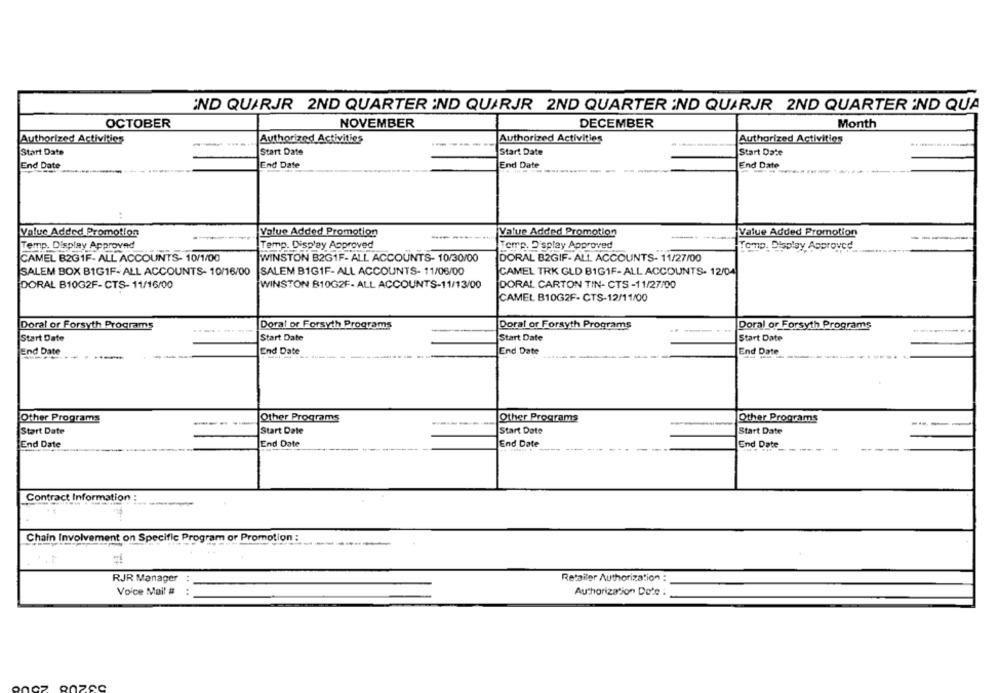
IND QUARJR 2ND QUARTER IND QUARJR 2ND QUARTER IND QUARJR 2ND QUARTER IND QUA
OCTOBER
NOVEMBER
DECEMBER
Month
Authorized Activities
Authorized Activities
Authorized Activities
Authorized Activities
--
Start Date
Start Date
Start Date
Start Date
End Date
End Date
End Date
End Date
-
--
Value Added Promotion
Value Added Promotion
Value Added Promotion
-
Value Added Promotion
Temp. Display Approved
Temp. Display Approved
Temp. Display Approved
Tomp. Display Approved
CAMEL B2G1F- ALL ACCOUNTS- 10/1/00
WINSTON B2G1F- ALL ACCOUNTS- 10/30/00
DORAL B2GIF- ALL ACCOUNTS- 11/27/00
SALEM BOX B1G1F-ALL ACCOUNTS- 10/16/00
SALEM B1GIF- ALL ACCOUNTS- 11/06/00
CAMEL TRK GLD BIG1F-ALL ACCOUNTS- 12/04
DORAL B10G2F-CTS- 11/16/00
WINSTON B10G2F- ALL ACCOUNTS-11/13/00
DORAL CARTON TIN- CTS -11/27/00
CAMEL B10G2F- CTS-12/11/00
Doral or Forsyth Programs
Doral or Forsyth Programs
Doral or Forsyth Programs
Doral or Forsyth Programs
Start Date
Start Date
Start Date
Start Date
End Date
End Date
End Date
End Date
----
Other Programs
Other Programs
Other Programs
Other Programs
Start Date
Start Date
Start Date
Start Date
End Date
End Date
End Date
End Date
-----
Contract Information :
---------
Chain Involvement on Specific Program or Promotion :
RJR Manager
Retailer Authorization :
Voice Mail #
Authorization Dote :